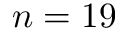
n = 1 9